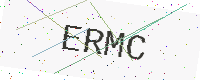
Text: ERMC